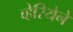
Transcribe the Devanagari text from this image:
व्हेरियेने